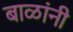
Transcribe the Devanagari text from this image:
बाळांनी